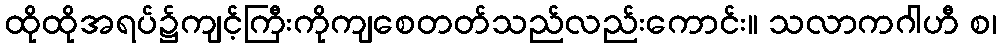
ထိုထိုအရပ်၌ကျင့်ကြီးကိုကျစေတတ်သည်လည်းကောင်း။ သလာကဂါဟီ စ၊